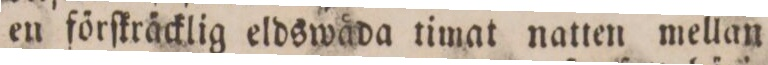
en förſkräcklig eldswåda timat natten mellan